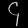
Digit: ၄